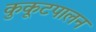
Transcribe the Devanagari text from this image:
कुकूटपालन